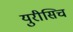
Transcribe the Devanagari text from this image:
युरीसिच